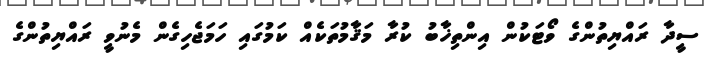
ސީދާ ރައްޔިތުންގެ ވޯޓަކުން އިންތިޚާބު ކުރާ މަޤާމުތަކެއް ކަމުގައި ހަމަޖެހިގެން މެނުވީ ރައްޔިތުންގެ